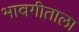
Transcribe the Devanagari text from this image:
भावगीताला